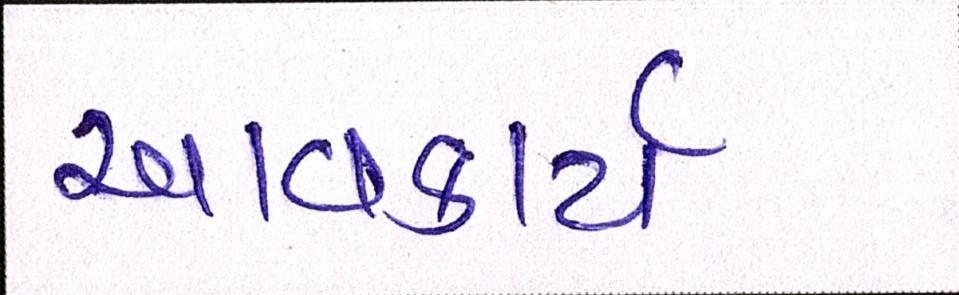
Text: આવકાર્ય